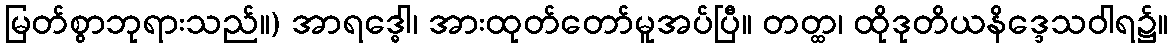
မြတ်စွာဘုရားသည်။) အာရဒ္ဓေါ၊ အားထုတ်တော်မူအပ်ပြီ။ တတ္ထ၊ ထိုဒုတိယနိဒ္ဒေသဝါရ၌။